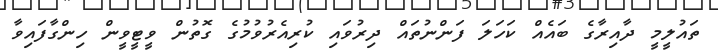
ތައުލީމީ ދާއިރާގެ ބައެއް ކަހަލަ ފަންނުތައް ދިރުވައި ކުރިއެރުވުމުގެ ގޮތުން ވީޓީވީން ހިންގާފައިވާ